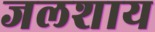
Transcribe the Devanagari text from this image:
जलशाय